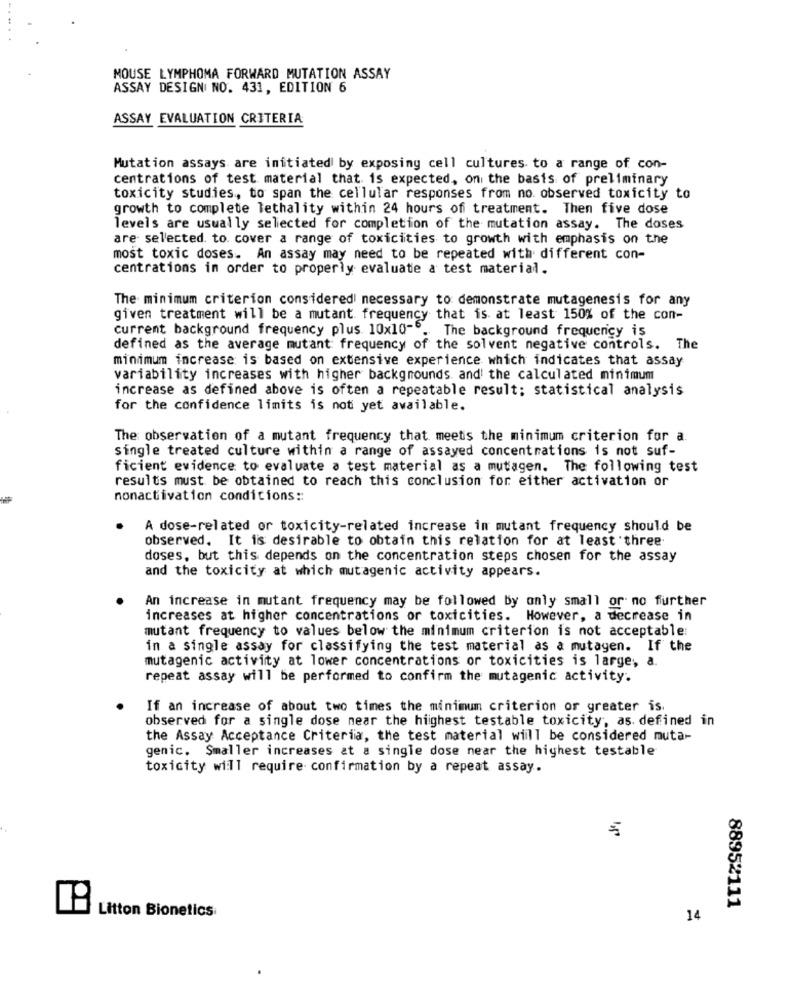
MOUSE LYMPHOMA FORWARD MUTATION ASSAY
ASSAY DESIGN NO. 431, EDITION 6
ASSAY EVALUATION CRITERIA
Mutation assays are initiated by exposing cell cultures to a range of con-
centrations of test material that is expected, on the basis of preliminary
toxicity studies, to span the cellular responses from no observed toxicity to
growth to complete lethality within 24 hours of treatment. Then five dose
levels are usually selected for completion of the mutation assay. The doses
are selected. to. cover a range of toxicities to growth with emphasis on the
most toxic doses. An assay may need to be repeated with different con-
centrations in order to properly evaluate a test material.
The minimum criterion considered necessary to demonstrate mutagenesis for any
given treatment will be a mutant frequency that is at least 150% of the con-
current background frequency plus 10x10-6. The background frequency is
defined as the average mutant frequency of the solvent negative controls. The
minimum increase is based on extensive experience which indicates that assay
variability increases with higher backgrounds. and the calculated minimum
increase as defined above is often a repeatable result; statistical analysis
for the confidence limits is not yet available.
The observation of a mutant frequency that meets the minimum criterion for a
single treated culture within a range of assayed concentrations is not suf-
ficient evidence to evaluate a test material as a mutagen. The following test
results must be obtained to reach this conclusion for either activation or
nonactivation conditions ::
A dose-related or toxicity-related increase in mutant frequency should be
observed. It is desirable to obtain this relation for at least three
doses, but this depends on the concentration steps chosen for the assay
and the toxicity at which mutagenic activity appears.
An increase in mutant frequency may be followed by only small or no further
increases at higher concentrations or toxicities. However, a decrease in
mutant frequency to values below the minimum criterion is not acceptable:
in a single assay for classifying the test material as a mutagen. If the
mutagenic activity at lower concentrations or toxicities is large, a.
repeat assay will be performed to confirm the mutagenic activity.
If an increase of about two times the minimum criterion or greater is.
observed for a single dose near the highest testable toxicity, as. defined in
the Assay Acceptance Criteria, the test material will be considered muta-
genic. Smaller increases at a single dose near the highest testable
toxicity will require confirmation by a repeat assay.
88952111
Litton Bionetics
14